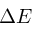
\Delta E